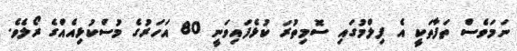
ނަމަވެސް ތަފާތަކީ އެ ފިލްމުގައި ސޮމިތުރަ ކުޅެފައިވަނީ 80 އަހަރުގެ މުސްކުޅިއެއްގެ ރޯލެވެ.